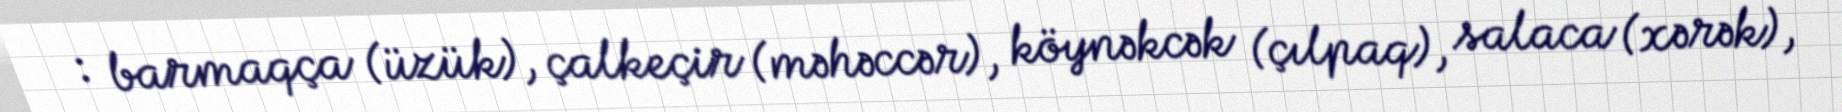
: barmaqça (üzük), çalkeçir (məhəccər), köynəkcək (çılpaq), salaca (xərək),